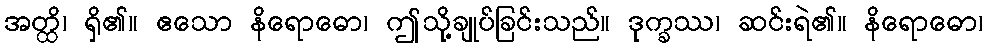
အတ္ထိ၊ ရှိ၏။ ဧသော နိရောဓော၊ ဤသို့ချုပ်ခြင်းသည်။ ဒုက္ခဿ၊ ဆင်းရဲ၏။ နိရောဓော၊